Civil Veterinary Department. United Provinces 1932-42 - 1932-1942
Year: 1932
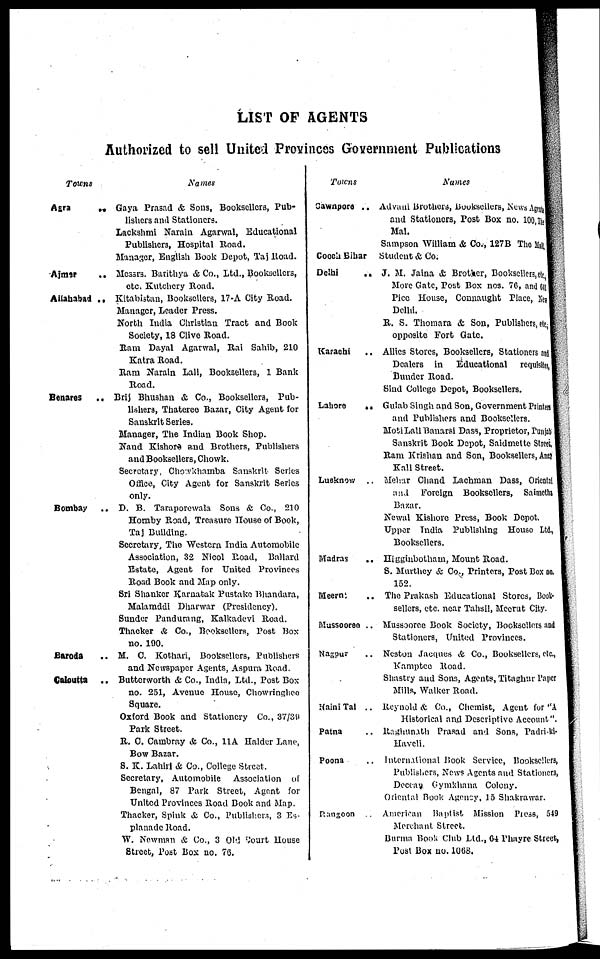
LIST OF AGENTS
Authorized to sell United Provinces Government Publications
Towns
Agra
..
Ajmar ..
Allahabad ..
Benares
..
Bombay
Baroda ..
Calcutta
..
Names
Gaya Prasad & Sons, Booksellers, Pub-
lishers and Stationers.
Lackshmi Narain Agarwal, Educational
Publishers, Hospital Road.
Manager, English Book Depot, Taj Road.
Messrs Barithya & Co., Ltd., Booksellers,
etc. Kutchery Road.
Kitabistan, Booksellers, 17-A City Road.
Manager, Leader Press.
North India Christian Tract and Book
Society, 18 Clive Road.
Ram Dayal Agarwal, Rai Sahib, 210
Katra Road.
Ram Narain Lall, Booksellers, 1 Bank
Road.
Brij Bhushan & Co., Booksellers, Pub-
lishers, Thateree Bazar, City Agent for
Sanskrit Series.
Manager, The Indian Book Shop.
Nand Kishore and Brothers, Publishers
and Booksellers, Chowk.
Secretary, Chowkhamba Sanskrit Series
Office, City Agent for Sanskrit Series
only.
D. B. Taraporewala Sons & Co., 210
Hornby Road, Treasure House of Book,
Taj Building.
Secretary, The Western India Automobile
Association, 32 Nicol Road, Ballard
Estate, Agent for United Provinces
Road Book and Map only.
Sri Shanker Karnatak Pustake Bhandara,
Malamddi Dhanwar (Presidency).
Sunder Pandurang, Kalkadevi Road.
Thacker & Co., Booksellers, Post Box
no. 100.
M. C. Kothari, Booksellers, Publishers
and Newspaper Agents, Aspura Road.
Butterworth & Co., India, Ltd., Post Box
no. 251, Avenue House, Chowringhee
Square.
Oxford Book and Stationery Co., 37/39
Park Street.
R. C. Carnbray & Co., 11A Haider Lane,
Bow Bazar.
S. K. Lahiri & Co., College Street.
Secretary, Automobile Association of
Bengal, 87 Park Street, Agent for
United Provinces Road Book and Map.
Thacker, Spink & Co., Publishers, 3 Es-
planade Road.
W. Newman & Co., 3 Old Court House
Street, Post Box no. 76.
Towns
Cawnpore ..
Cooch Bihar
Delhi
..
Karachi
Lahore
..
Lucknow ..
Madras
..
Meerut ..
Mussooree .. ..
Nagpur ..
Naini Tal ..
Patna ..
Poona ..
Rangoon ..
Names
Advani Brothers, Booksellers, News Agent s
and Stationers, Post Box no. 100 .the
Mal.
Sampson William & Co., 127B The Mal l ,
Student & Co.
J. M. Jaina & Brother, Booksellers, etc,
More Gate, Post Box nos. 76, and 641
Pice House, Connaught Place, New
Delhi.
R. S. Thomara & Son, Publishers, etc-
opposite Fort Gate.
Allies Stores, Booksellers, Stationers and
Dealers in Educational requisite,
Bunder Road.
Sind College Depot, Booksellers.
Gulab Singh and Son, Government Printers
and Publishers and Booksellers.
Moti Lall Banarsi Dass, Proprietor, Punjab
Sanskrit Book Depot, Saidmette Street.
Ram Krishan and Son, Booksellers, Ant
Kali Street.
Mehar Chand Lachman Dass, Oriental
and Foreign Booksellers, Saimetha
Bazar.
Newal Kishore Press, Book Depot.
Upper India Publishing House Ltd.,
Booksellers.
Higginbotham, Mount Road.
S. Murthey & Co., Printers, Post Box no.
152.
The Prakash Educational Stores, Book-
sellers, etc. near Tahsil, Meerut City.
Mussoorce Book Society, Booksellers and
Stationers, United Provinces.
Neston Jacques & Co., Booksellers, etc.,
Kamptee Road.
Shastry and Sons, Agents, Titaghar Taper
Mills, Walker Road.
Reynold & Co., Chemist, Agent for "A
Historical and Descriptive Account".
Raghunath Prasad and Sons, Padri-ki-
Haveli.
International Book Service, Booksellers,
Publishers, News Agents and Stationers,
Decca. Gymkhana Colony.
Oriental Rook Agency, 15 Shakrawar.
American Baptist Mission Press, 549
Merchant. Street.
Burma Book Club Ltd., 64 Phayre Street,
Post Box no. 1068.